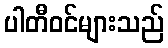
ပါတီဝင်များသည်